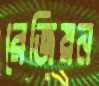
রেজিয়ন